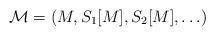
LaTeX: \begin{align*}\mathcal M = ( M, S_1[M], S_2[M], \ldots )\end{align*}